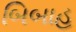
બિબાહ